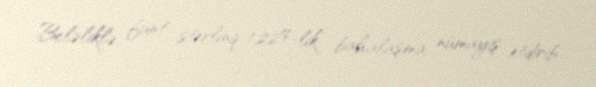
Beləliklə, funt sterlinq 1,22%-lik bahalaşma nümayiş etdirib.